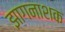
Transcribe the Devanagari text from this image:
झागनाशक